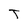
Character: T